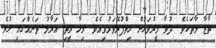
ތާޒާ މާތަކެވެ. ދުވާ މީރުވަހުން ހިތްފުރޭވަރުވިއެވެ. މިހާ ރީތި އަރާމު ތަނެއްގައި ހުރެ